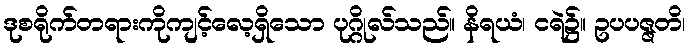
ဒုစရိုက်တရားကိုကျင့်လေ့ရှိသော ပုဂ္ဂိုလ်သည်။ နိရယံ၊ ငရဲ၌။ ဥပပဇ္ဇတိ၊